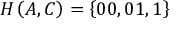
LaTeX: H \left( A , C \right) = \left\{ 0 0 , 0 1 , 1 \right\}